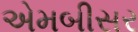
એમબીસર